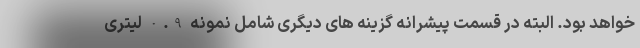
خواهد بود. البته در قسمت پیشرانه گزینه های دیگری شامل نمونه 0.9 لیتری